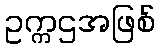
ဥက္ကဌအဖြစ်